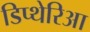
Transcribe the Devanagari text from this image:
डिप्थेरिआ